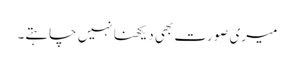
میری صورت بھی دیکھنا نہیں چاہتے۔